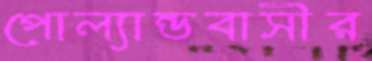
পোল্যান্ডবাসীর